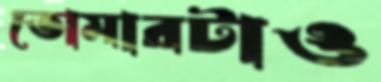
তোমারটাও